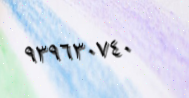
٩٣٩٦٣٠٧٤٠